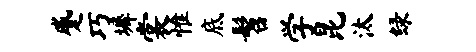
蹙巧墀裳惟底髫学昆汰绿